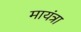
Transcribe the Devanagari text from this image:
मायंत्रा